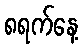
၈ရက်နေ့